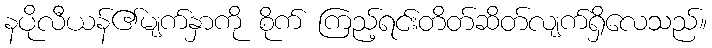
နပိုလီယန်၏မျက်နှာကို စိုက် ကြည့်ရင်းတိတ်ဆိတ်လျက်ရှိလေသည်။